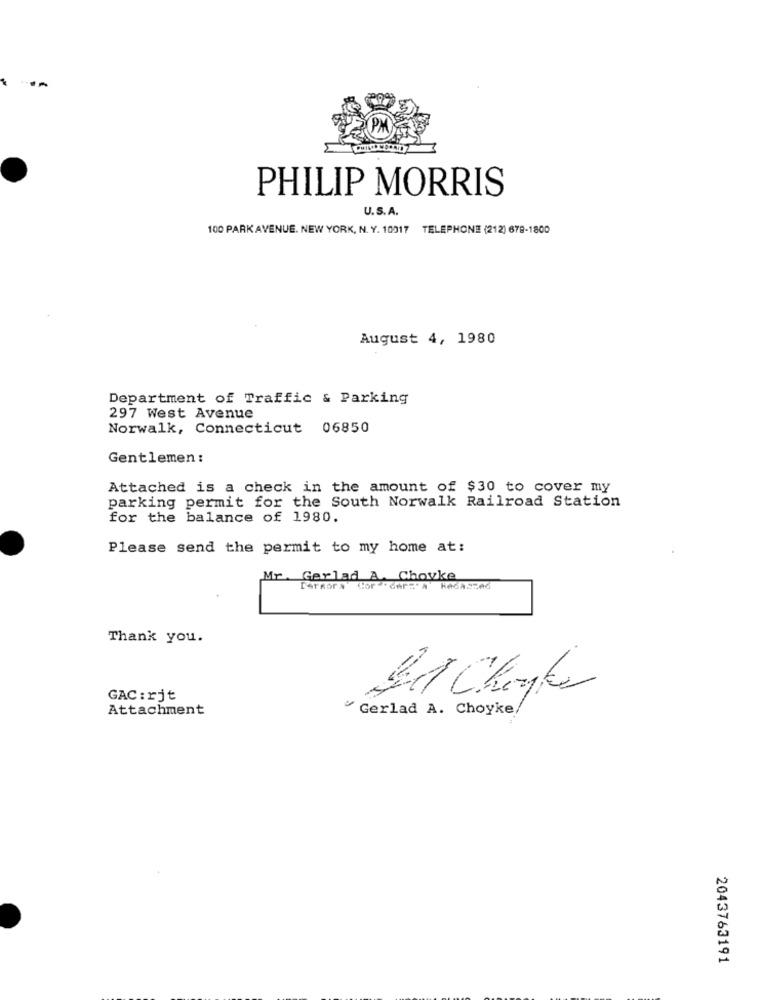
PHILIP MORRIS
U.S.A.
100 PARK AVENUE. NEW YORK, N. Y. 10017 TELEPHONE (212) 678-1800
August 4, 1980
Department of Traffic & Parking
297 West Avenue
Norwalk, Connecticut 06850
Gentlemen:
Attached is a check in the amount of $30 to cover my
parking permit for the South Norwalk Railroad Station
for the balance of 1980.
Please send the permit to my home at:
Mr. Gerlad A. Choyke
Ferkor &
Thank you.
Set Chante
GAC:rjt
Attachment
" Gerlad A. Choyke,
2043763191